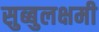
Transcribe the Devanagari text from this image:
सुब्बुलक्षमी